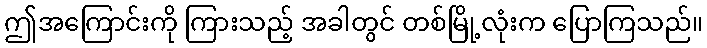
ဤအကြောင်းကို ကြားသည့် အခါတွင် တစ်မြို့လုံးက ပြောကြသည်။